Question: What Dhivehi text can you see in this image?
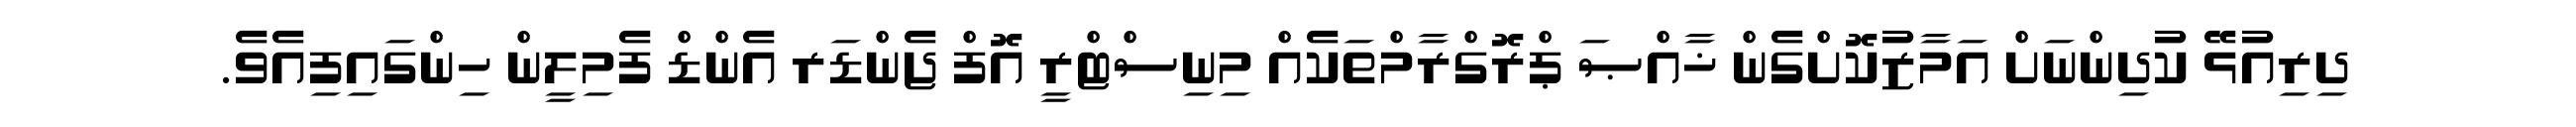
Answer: ދިރިއުޅޭ ކުދިންނަށް އަމާޒުކޮށްގެން ޚާއްޞަ ޕްރޮގްރާމްތަކެއް މިނިސްޓްރީ އޮފް ޖެންޑަރ އެންޑް ފެމިލީން ހިންގައިފިއެވެ.